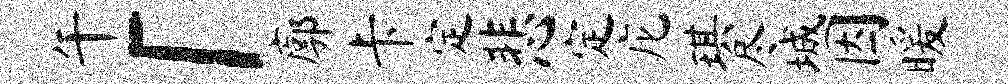
午「廓卡定悲定庀琪尽城因暖